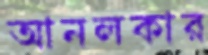
আনলকার